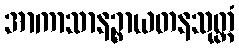
အာကာသာနဉ္စာယတနသုတ္တံ